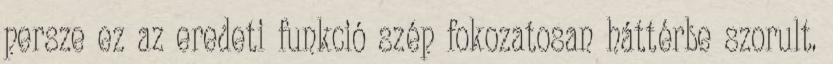
persze ez az eredeti funkció szép fokozatosan háttérbe szorult.